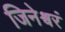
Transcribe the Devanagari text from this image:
जिनेश्वरं